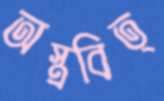
অস্ত্রবিত্